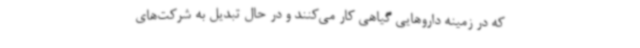
که در زمینه داروهایی گیاهی کار می‌کنند و در حال تبدیل‌ به شرکت‌های